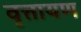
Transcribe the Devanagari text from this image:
वृत्तायण